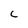
Character: C